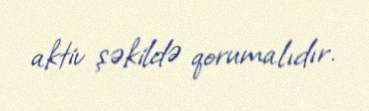
aktiv şəkildə qorumalıdır.